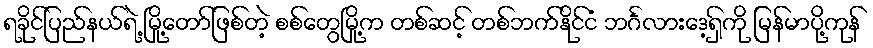
ရခိုင်ပြည်နယ်ရဲ့ မြို့တော်ဖြစ်တဲ့ စစ်တွေမြို့က တစ်ဆင့် တစ်ဘက်နိုင်ငံ ဘင်္ဂလားဒေ့ရှ်ကို မြန်မာပို့ကုန်